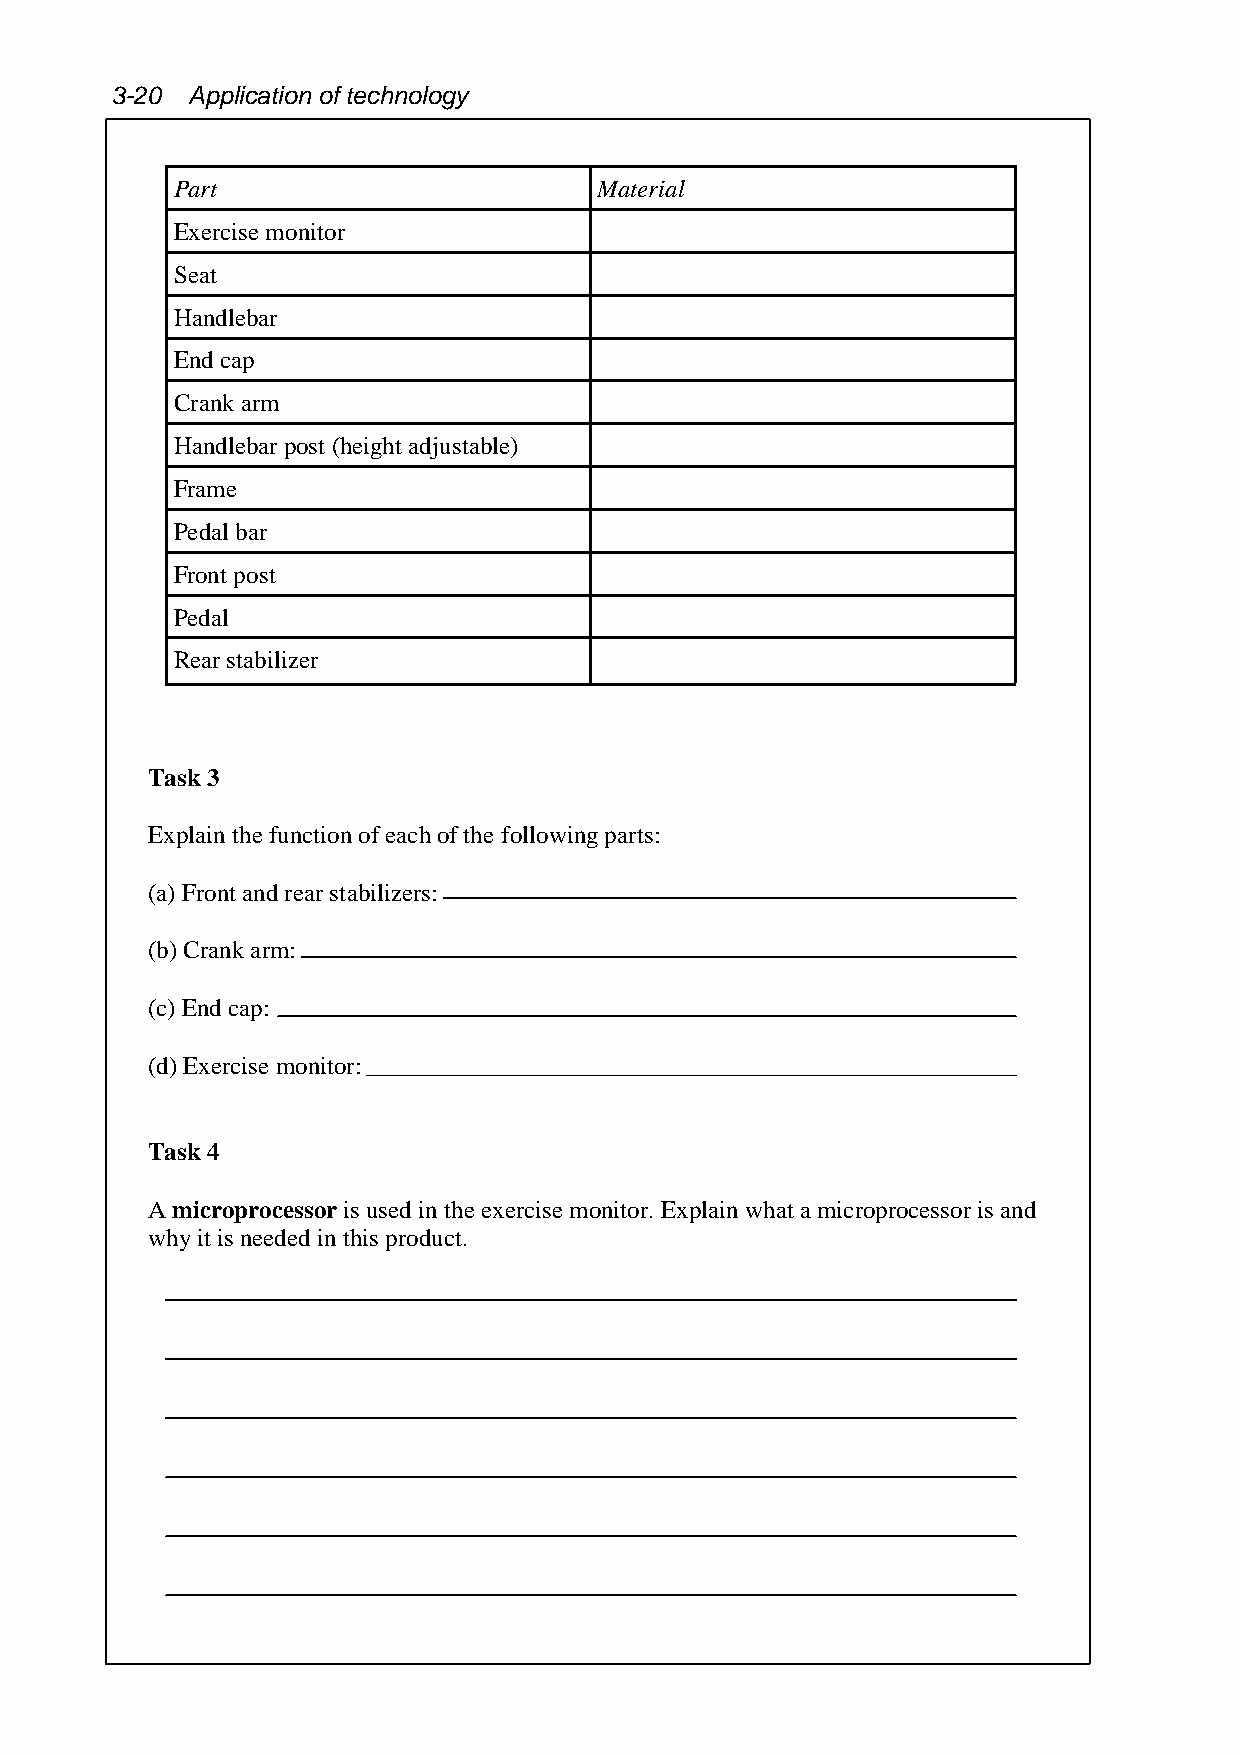
3-20  Application of technology
 Part                         Material
 Exercise monitor
 Seat
 Handlebar
 End cap
 Crank arm
 Handlebar post (height adjustable)
 Frame
 Pedal bar
 Front post
 Pedal
 Rear stabilizer
 Task 3
 Explain the function of each of the following parts:
 (a) Front and rear stabilizers:
 (b) Crank arm:
 (c) End cap:
 (d) Exercise monitor:
 Task 4
 A microprocessor is used in the exercise monitor. Explain what a microprocessor is and
 why it is needed in this product.